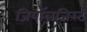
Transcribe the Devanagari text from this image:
जियॉलजिस्ट